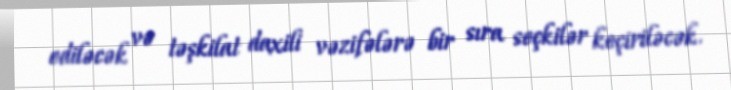
ediləcək və təşkilat daxili vəzifələrə bir sıra seçkilər keçiriləcək.